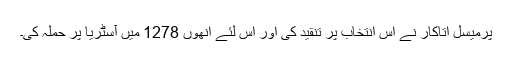
پرمیسل اتاکار نے اس انتخاب پر تنقید کی اور اس لئے انھوں 1278 میں آسٹریا پر حملہ کی۔